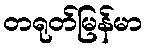
တရုတ်မြန်မာ